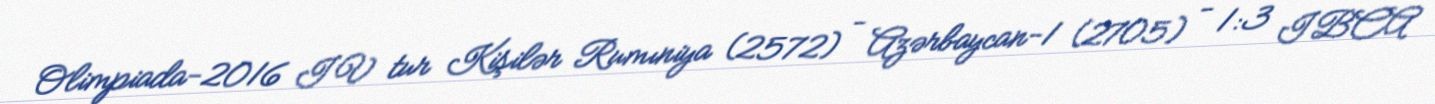
Olimpiada-2016 IV tur Kişilər Rumıniya (2572) - Azərbaycan-1 (2705) - 1:3 IBCA